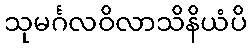
သုမင်္ဂလဝိလာသိနိယံပိ